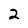
Character: 2